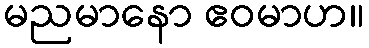
မညမာနော ဧဝမာဟ။